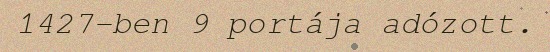
1427-ben 9 portája adózott.